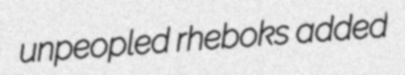
unpeopled rheboks added